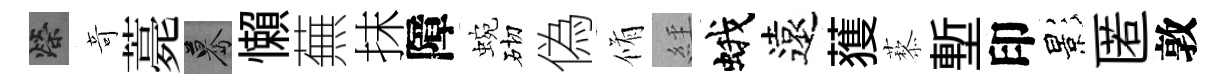
榮竒薧驀懶蕪抹障蜿砌偽脩𦀇蛾遠𫉬藜塹印影匿敦